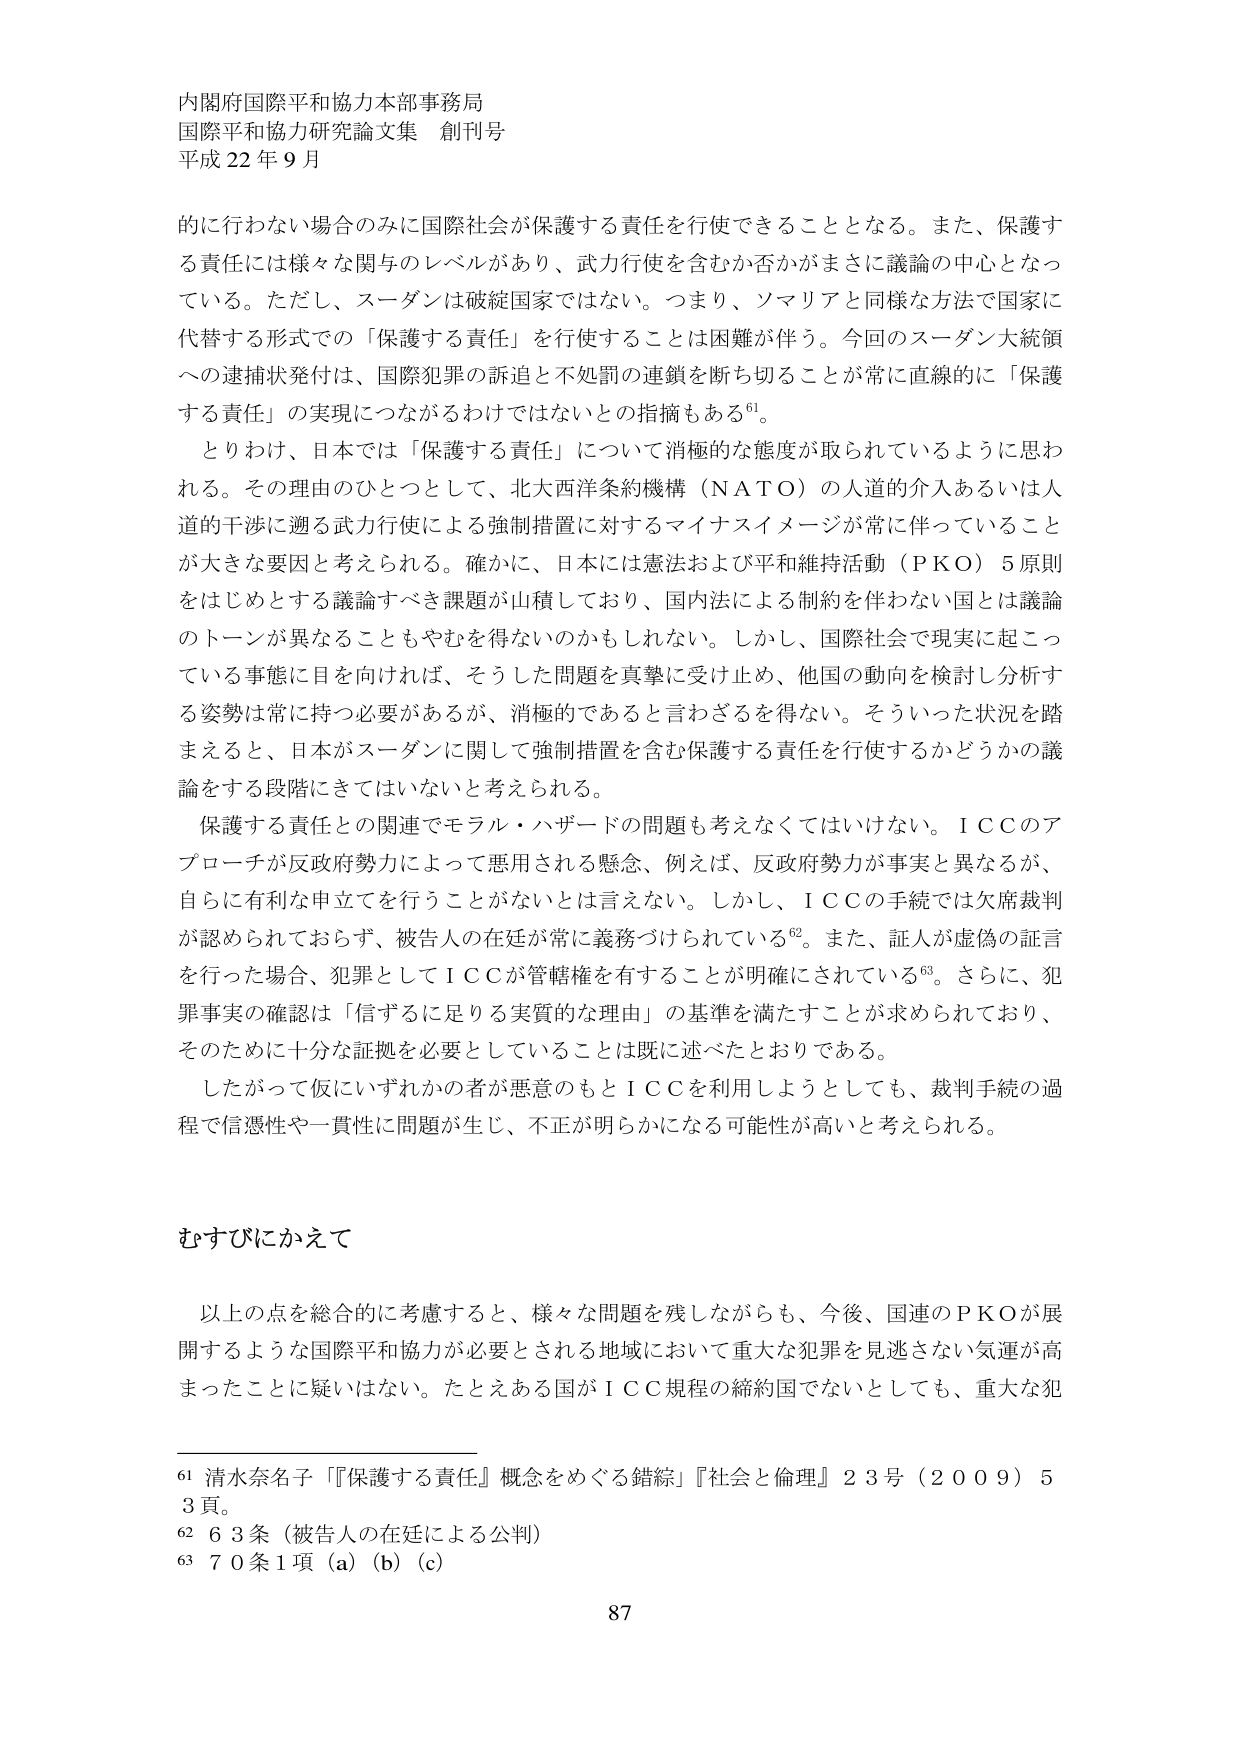
内閣府国際平和協力本部事務局
国際平和協力研究論文集 創刊号
平成22年9月

的に行わない場合のみに国際社会が保護する責任を行使できることとなる。また、保護する責任には様々な関与のレベルがあり、武力行使を含むか否かがまさに議論の中心となっている。ただし、スーダンは破綻国家ではない。つまり、ソマリアと同様な方法で国家に代替する形式での「保護する責任」を行使することは困難が伴う。今回のスーダン大統領への逮捕状発付は、国際犯罪の訴追と不処罰の連鎖を断ち切ることが常に直線的に「保護する責任」の実現につながるわけではないとの指摘もある⁶¹。

とりわけ、日本では「保護する責任」について消極的な態度が取られているように思われる。その理由のひとつとして、北大西洋条約機構（ＮＡＴＯ）の人道的介入あるいは人道的干渉に遡る武力行使による強制措置に対するマイナスイメージが常に伴っていることが大きな要因と考えられる。確かに、日本には憲法および平和維持活動（ＰＫＯ）５原則をはじめとする議論すべき課題が山積しており、国内法による制約を伴わない国とは議論のトーンが異なることもやむを得ないのかもしれない。しかし、国際社会で現実に起こっている事態に目を向ければ、そうした問題を真摯に受け止め、他国の動向を検討し分析する姿勢は常に持つ必要があるが、消極的であると言わざるを得ない。そういった状況を踏まえると、日本がスーダンに関して強制措置を含む保護する責任を行使するかどうかの議論をする段階にきてはいないと考えられる。

保護する責任との関連でモラル・ハザードの問題も考えなくてはいけない。ＩＣＣのアプローチが反政府勢力によって悪用される懸念、例えば、反政府勢力が事実と異なるが、自らに有利な申立てを行うことがないとは言えない。しかし、ＩＣＣの手続では欠席裁判が認められておらず、被告人の在廷が常に義務づけられている⁶²。また、証人が虚偽の証言を行った場合、犯罪としてＩＣＣが管轄権を有することが明確にされている⁶³。さらに、犯罪事実の確認は「信ずるに足りる実質的な理由」の基準を満たすことが求められており、そのためには十分な証拠を必要としていることは既に述べたとおりである。

したがって仮にいずれかの者が悪意のもとＩＣＣを利用しようとしても、裁判手続の過程で信憑性や一貫性に問題が生じ、不正が明らかになる可能性が高いと考えられる。

むすびにかえて

以上の点を総合的に考慮すると、様々な問題を残しながらも、今後、国連のＰＫＯが展開するような国際平和協力が必要とされる地域において重大な犯罪を見逃さない気運が高まったことに疑いはない。たとえある国がＩＣＣ規程の締約国でないとしても、重大な犯

⁶¹ 清水奈名子『「保護する責任」概念をめぐる錯綜』『社会と倫理』23号（2009）53頁。
⁶² 63条（被告人の在廷による公判）
⁶³ 70条1項（a）（b）（c）

87